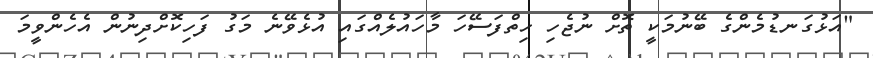
"އަޅުގަނޑުމެންގެ ބޭނުމަކީ ތޮށް ނުޖެހި ހިތްފަސޭހަ މާހައުލެއްގައި އުޅެވޭނެ މަގު ފަހިކޮށްދިނުން އެހެންވީމަ